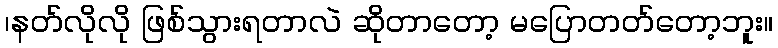
၊နတ်လိုလို ဖြစ်သွားရတာလဲ ဆိုတာတော့ မပြောတတ်တော့ဘူး။